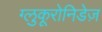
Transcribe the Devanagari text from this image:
ग्लुकूरोनिडेज़